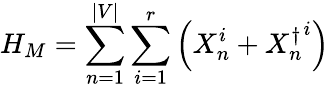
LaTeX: H_{M}=\sum_{n=1}^{|V|}\sum_{i=1}^{r}\left(X_{n}^{i}+{X_{n}^{\dagger}}^{i}\right)